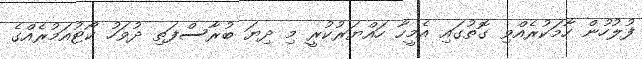
ފުލުހުން ހާމަކުރެއްވި ގޮތުގައި އެމީހާ ހައްޔަރުކުރީ މި ދިޔަ ބުރާސްފަތި ދުވަހު ކޯޓުއަމުރެއްގެ